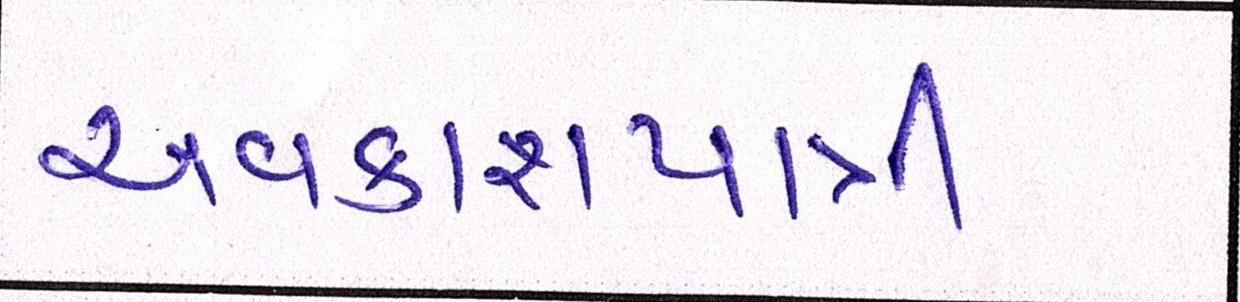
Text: અવકાશયાત્રી